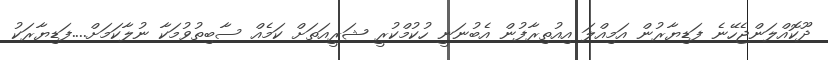
ދޫކޮއްލަންޖެހޭނެ ފަޑިޔާރުން އަމިއްލަ އިއުތިރާފުން އެބުނަނީ ހުކުމްކުރީ ޝަރީއަތަށް ކަމެއް ސާބިތުވުމަކާ ނުލާކަމަށް....ފަޑިޔާރަކު